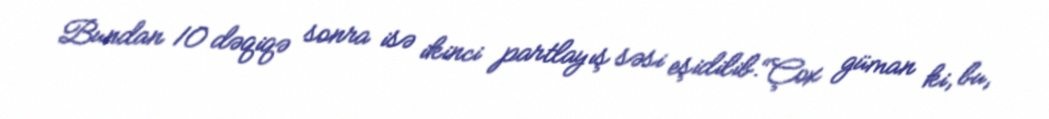
Bundan 10 dəqiqə sonra isə ikinci partlayış səsi eşidilib.“Çox güman ki, bu,